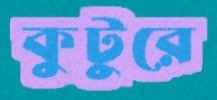
কুটুরে